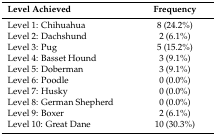
<table><thead><tr><td><b>Level Achieved</b></td><td><b>Frequency</b></td></tr></thead><tbody><tr><td>Level 1: Chihuahua</td><td>8 (24.2%)</td></tr><tr><td>Level 2: Dachshund</td><td>2 (6.1%)</td></tr><tr><td>Level 3: Pug</td><td>5 (15.2%)</td></tr><tr><td>Level 4: Basset Hound</td><td>3 (9.1%)</td></tr><tr><td>Level 5: Doberman</td><td>3 (9.1%)</td></tr><tr><td>Level 6: Poodle</td><td>0 (0.0%)</td></tr><tr><td>Level 7: Husky</td><td>0 (0.0%)</td></tr><tr><td>Level 8: German Shepherd</td><td>0 (0.0%)</td></tr><tr><td>Level 9: Boxer</td><td>2 (6.1%)</td></tr><tr><td>Level 10: Great Dane</td><td>10 (30.3%)</td></tr></tbody></table>